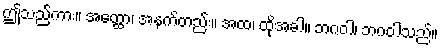
ဤသည်ကား။ အတ္ထော၊ အနက်တည်း။ အထ၊ ထိုအခါ။ ဘဂဝါ၊ ဘဂဝါသည်။